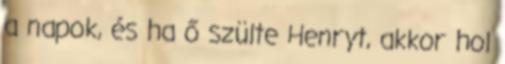
a napok, és ha ő szülte Henryt, akkor hol